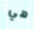
هي